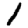
Digit: 1